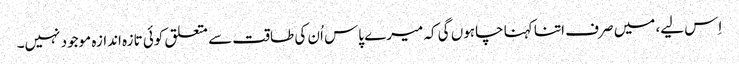
اِس لیے، میں صرف اتنا کہنا چاہوں گی کہ میرے پاس اُن کی طاقت سے متعلق کوئی تازہ اندازہ موجود نہیں۔